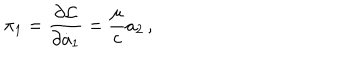
\pi _ { 1 } = { \frac { \partial { \cal L } } { \partial \dot { a } _ { 1 } } } = { \frac { \mu } { c } } a _ { 2 } \, ,